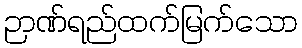
ဉာဏ်ရည်ထက်မြက်သော